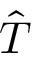
\hat { T }